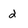
Character: 2